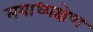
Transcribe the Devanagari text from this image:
मयाध्यक्षेण